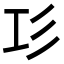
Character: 㣉